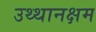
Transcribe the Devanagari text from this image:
उथ्थानक्षम